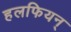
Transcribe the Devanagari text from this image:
हलफियन्